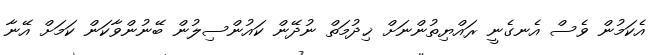
އެކަމުން ވެސް އެނގެނީ ރައްޔިތުންނަށް ޚިދުމަތް ނުދޭން ކައުންސިލުން ބޭނުންވާކަން ކަމަށް އޭނާ